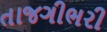
તાજગીભરી